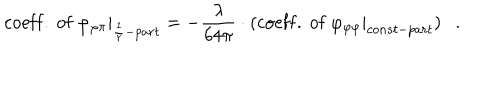
\mathrm { c o e f f . \ o f \ } \varphi _ { \varphi \pi } | _ { \frac { 1 } { r } - p a r t } = - \frac { \lambda } { 6 4 \pi } \cdot ( \mathrm { c o e f f . \ o f \ } \varphi _ { \varphi \varphi } | _ { c o n s t - p a r t } ) \ \ \ .